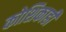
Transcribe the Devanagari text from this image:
कोशिकाही